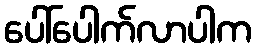
ပေါ်ပေါက်လာပါက